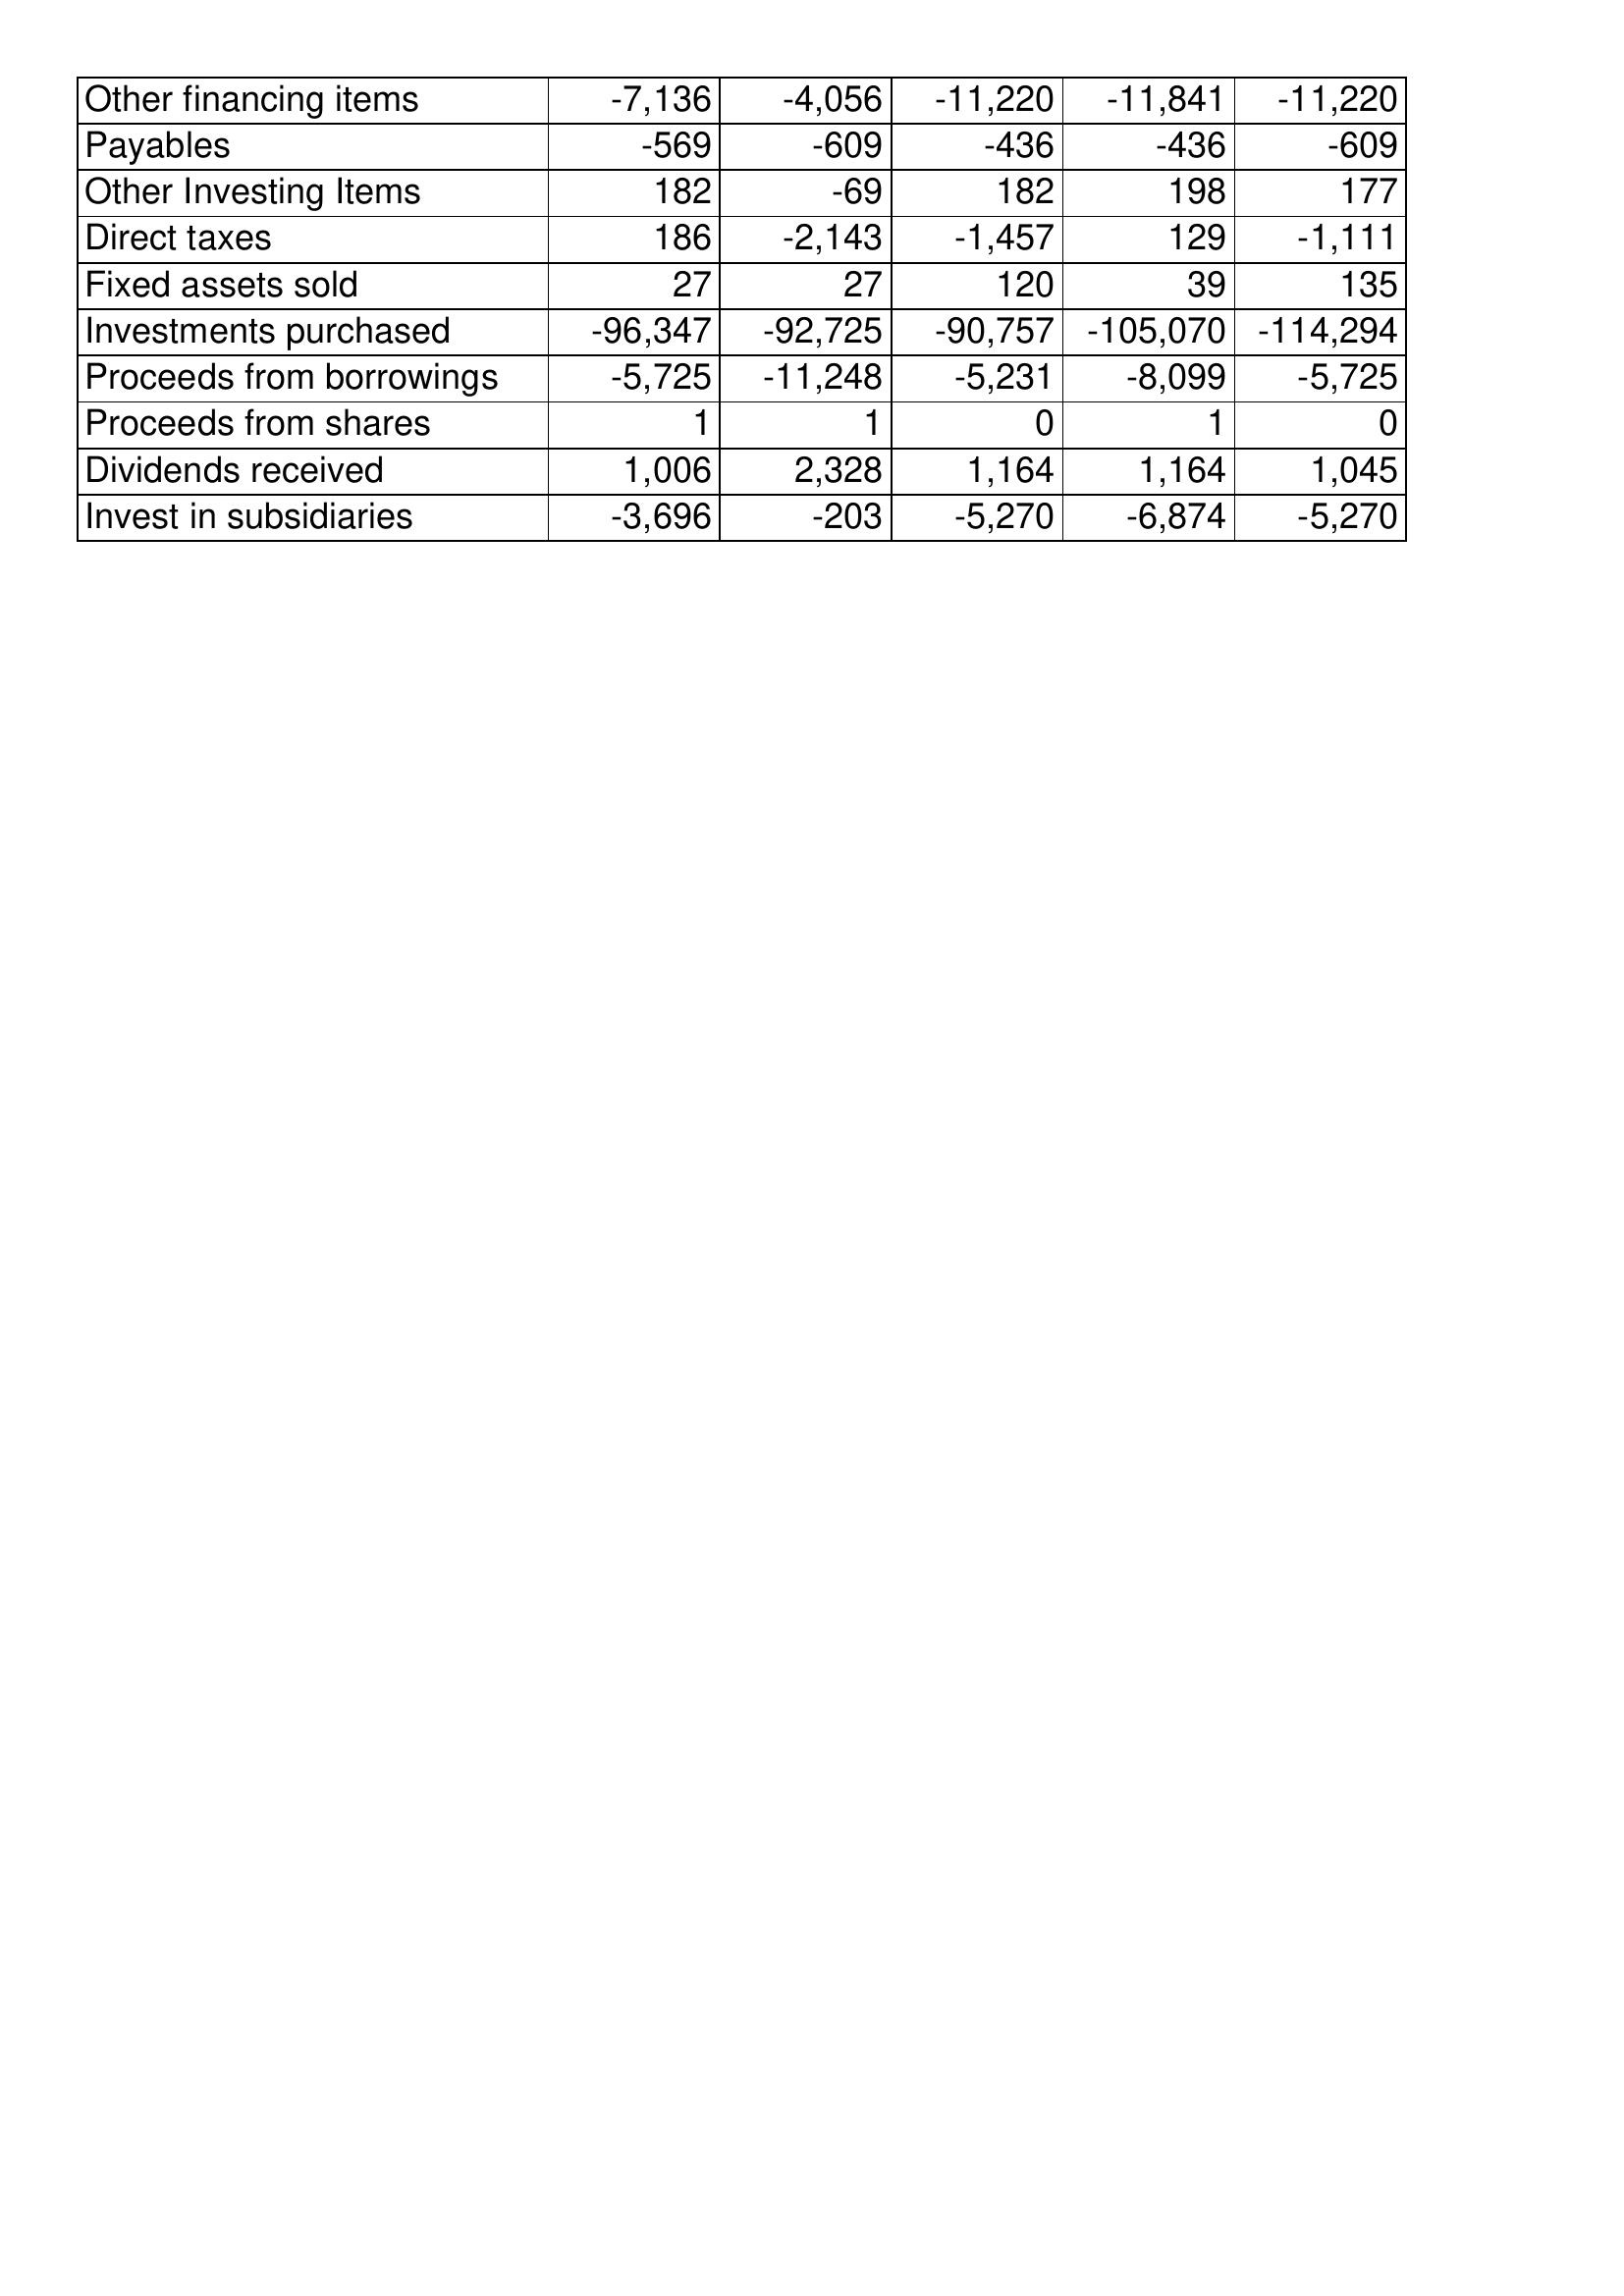
Nov-17: Cash Flows: Other financing items: -7,136
Payables: -569
Other Investing Items: 182
Direct taxes: 186
Fixed assets sold: 27
Investments purchased: -96,347
Proceeds from borrowings: -5,725
Proceeds from shares: 1
Dividends received: 1,006
Invest in subsidiaries: -3,696
Nov-18: Cash Flows: Other financing items: -4,056
Payables: -609
Other Investing Items: -69
Direct taxes: -2,143
Fixed assets sold: 27
Investments purchased: -92,725
Proceeds from borrowings: -11,248
Proceeds from shares: 1
Dividends received: 2,328
Invest in subsidiaries: -203
Nov-19: Cash Flows: Other financing items: -11,220
Payables: -436
Other Investing Items: 182
Direct taxes: -1,457
Fixed assets sold: 120
Investments purchased: -90,757
Proceeds from borrowings: -5,231
Proceeds from shares: 0
Dividends received: 1,164
Invest in subsidiaries: -5,270
Nov-20: Cash Flows: Other financing items: -11,841
Payables: -436
Other Investing Items: 198
Direct taxes: 129
Fixed assets sold: 39
Investments purchased: -105,070
Proceeds from borrowings: -8,099
Proceeds from shares: 1
Dividends received: 1,164
Invest in subsidiaries: -6,874
Nov-21: Cash Flows: Other financing items: -11,220
Payables: -609
Other Investing Items: 177
Direct taxes: -1,111
Fixed assets sold: 135
Investments purchased: -114,294
Proceeds from borrowings: -5,725
Proceeds from shares: 0
Dividends received: 1,045
Invest in subsidiaries: -5,270